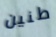
طنين